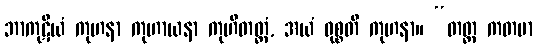
ဘာကုဋိယံ ကုဟနာ ကုဟာယနာ ကုဟိတတ္တံ, အယံ ဝုစ္စတိ ကုဟနာ။ “တတ္ထ ကတမာ